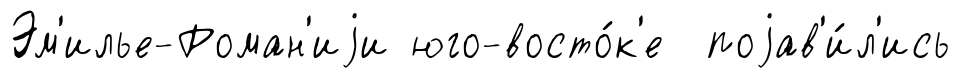
Эм'илье-Роман'иjи юго-восто́к'е поjав'и́л'ись